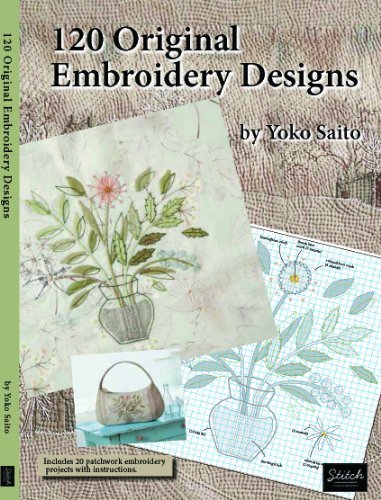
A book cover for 120 Original Embroidery Designs by Yoko Saito (English Version); Yoko Saito; Crafts, Hobbies & Home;